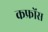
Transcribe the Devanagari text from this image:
कफ्रोंस